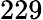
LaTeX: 229